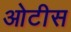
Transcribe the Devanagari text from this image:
ओटीस